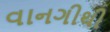
વાનગીથી